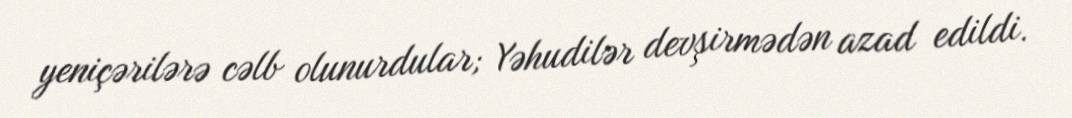
yeniçərilərə cəlb olunurdular; Yəhudilər devşirmədən azad edildi.